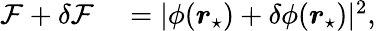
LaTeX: \begin{array}{rl}{\mathcal{F}+\delta\mathcal{F}}&{{}=|\phi(\boldsymbol{r}_{\star})+\delta\phi(\boldsymbol{r}_{\star})|^{2},}\end{array}